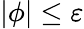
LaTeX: |\phi|\leq\varepsilon